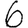
Digit: 6